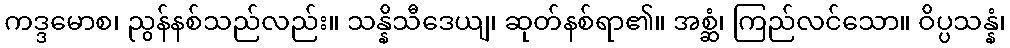
ကဒ္ဒမောစ၊ ညွန်နစ်သည်လည်း။ သန္နိသီဒေယျ၊ ဆုတ်နစ်ရာ၏။ အစ္ဆံ၊ ကြည်လင်သော။ ဝိပ္ပသန္နံ၊